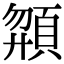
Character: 𩒶